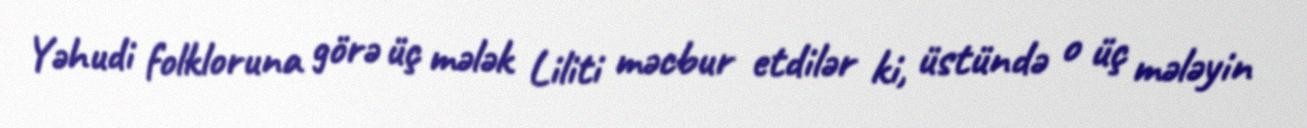
Yəhudi folkloruna görə üç mələk Liliti məcbur etdilər ki, üstündə o üç mələyin